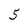
Character: 5